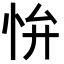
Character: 𭜢